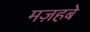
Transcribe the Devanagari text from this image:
मज़हबे